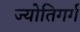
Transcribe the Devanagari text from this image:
ज्योतिगर्ग